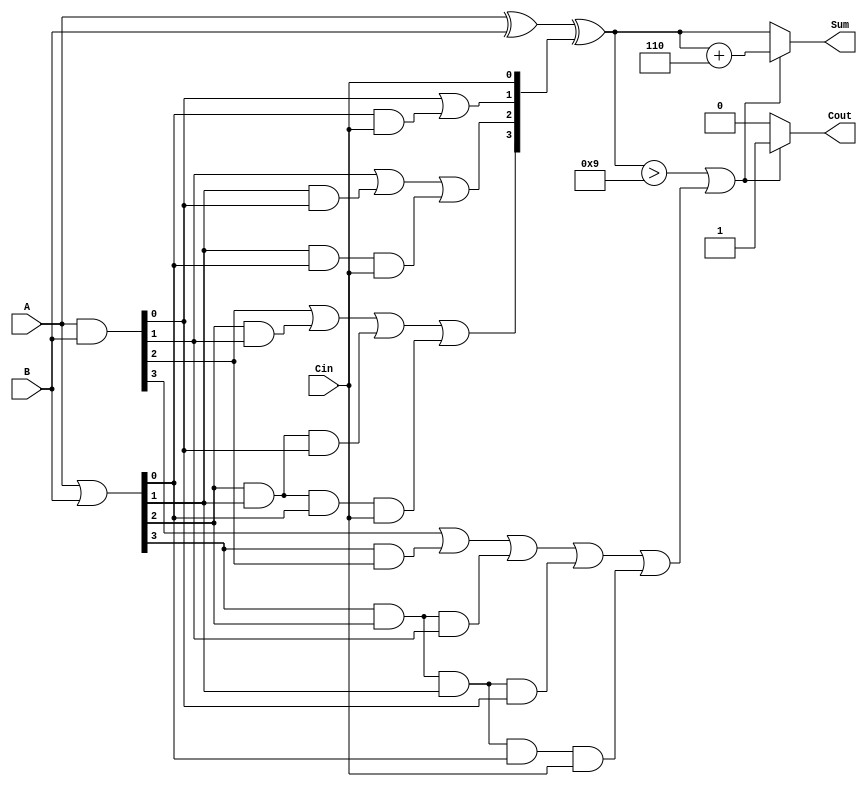
module BCD_Carry_Lookahead_Adder(
    input  [3:0] A,      // First BCD digit
    input  [3:0] B,      // Second BCD digit
    input        Cin,     // Carry-in
    output [3:0] Sum,     // BCD sum output
    output       Cout     // Carry-out
);

    // Internal signals for generate and propagate
    wire [3:0] G; // Generate
    wire [3:0] P; // Propagate
    wire [4:0] C; // Carry signals

    // Generate and propagate calculations
    assign G = A & B;       // G[i] = A[i] & B[i]
    assign P = A | B;       // P[i] = A[i] | B[i]

    // Carry signal calculations
    assign C[0] = Cin; // C[0] = Cin
    assign C[1] = G[0] | (P[0] & C[0]);
    assign C[2] = G[1] | (P[1] & G[0]) | (P[1] & P[0] & C[0]);
    assign C[3] = G[2] | (P[2] & G[1]) | (P[2] & P[1] & G[0]) | (P[2] & P[1] & P[0] & C[0]);
    assign C[4] = G[3] | (P[3] & G[2]) | (P[3] & P[2] & G[1]) | (P[3] & P[2] & P[1] & G[0]) | (P[3] & P[2] & P[1] & P[0] & C[0]);

    // Raw sum calculation
    wire [3:0] raw_sum;
    assign raw_sum = A ^ B ^ C[3:0]; // Sum[i] = A[i] XOR B[i] XOR C[i]

    // BCD correction logic
    wire [3:0] corrected_sum;
    wire correction_needed;
    
    assign correction_needed = (raw_sum > 4'd9) || C[4];

    assign corrected_sum = raw_sum + 4'b0110; // Adding 6 for correction if needed
    assign Sum = correction_needed ? corrected_sum : raw_sum; // Final Sum selection
    assign Cout = correction_needed ? 1'b1 : 1'b0; // Set Cout if correction is needed

endmodule